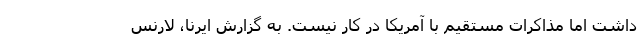
داشت اما مذاکرات مستقیم با آمریکا در کار نیست. به گزارش ایرنا، لارنس